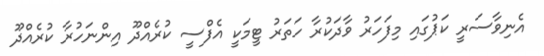
އެނިވާސަރީ ކަޕުގައި މިފަހަރު ވާދަކުރާ ހަތަރު ޓީމަކީ އެފްސީ ކުރެއްދޫ އިންނަހުރާ ކުރެއްދޫ